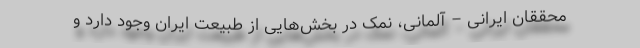
محققان ایرانی – آلمانی، نمک در بخش‌هایی از طبیعت ایران وجود دارد و